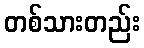
တစ်သားတည်း